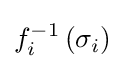
f_{i}^{-1}\left(\sigma _{i}\right)